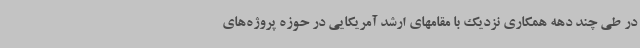
در طی چند دهه همکاری نزدیک با مقامهای ارشد آمریکایی در حوزه پروژه‌های